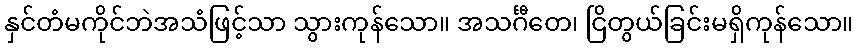
နှင်တံမကိုင်ဘဲအသံဖြင့်သာ သွားကုန်သော။ အသင်္ဂီတေ၊ ငြိတွယ်ခြင်းမရှိကုန်သော။